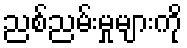
ညစ်ညမ်းမှုများကို